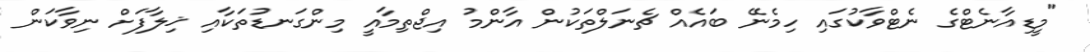
"މީޑިއާނެޓްގެ ނެޓްވާކުގައި ހިމެނޭ ބައެއް ޗެނަލްތަކުން އާންމު އިޖްތިމާއީ މިންގަނޑުތަކާއި ޚިލާފަށް ނިވާކަން